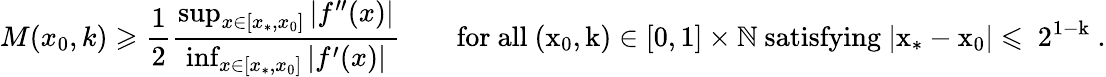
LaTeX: M(x_{0},k)\geqslant\frac{1}{2}\frac{\operatorname*{sup}_{x\in[x_{*},x_{0}]}|f^{\prime\prime}(x)|}{\operatorname*{inf}_{x\in[x_{*},x_{0}]}|f^{\prime}(x)|}\qquad\mathrm{for~all~(x_0,k)\in[0,1]\times\mathbb{N}~satisfying~|x_*-x_0|\leqslant~2^{1-k}~.}